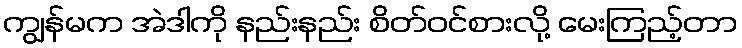
ကျွန်မက အဲဒါကို နည်းနည်း စိတ်ဝင်စားလို့ မေးကြည့်တာ